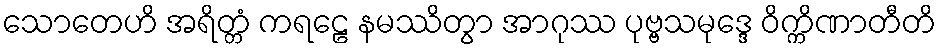
သောတေဟိ အရိတ္တံ ကရဠေ နမဿိတွာ အာဂုဿ ပုဗ္ဗသမုဒ္ဒေ ဝိက္ကိဏာတီတိ